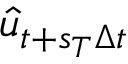
\hat { u } _ { t + s _ { T } \Delta t }